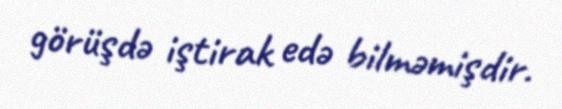
görüşdə iştirak edə bilməmişdir.